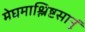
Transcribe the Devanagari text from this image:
मेघमाश्लिष्टसानुं